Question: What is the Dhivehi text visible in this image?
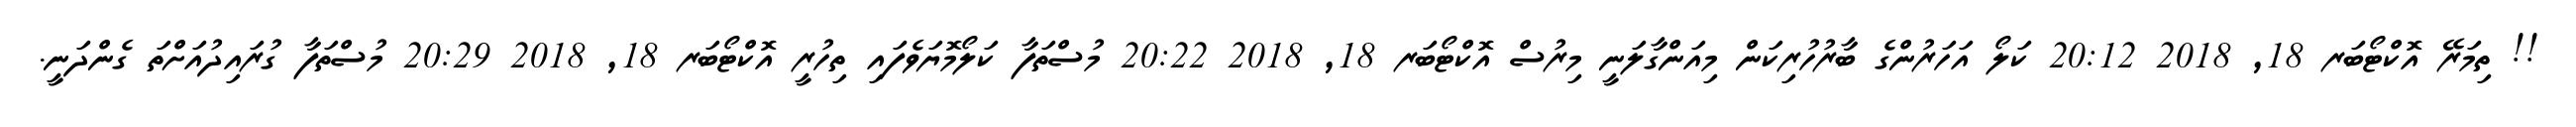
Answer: !! ތިމަރޭ އޮކްޓޯބަރ 18, 2018 20:12 ކަލޯ އަހަރުންގެ ބާރުހުރިކަން މިއަންގާލަނީ މިރުސް އޮކްޓޯބަރ 18, 2018 20:22 މުސްތަފާ ކަލޯމޮޔަވެފައި ތިހުރީ އޮކްޓޯބަރ 18, 2018 20:29 މުސްތަފާ ގުރައިދުއަށްތަ ގެންދަނީ.